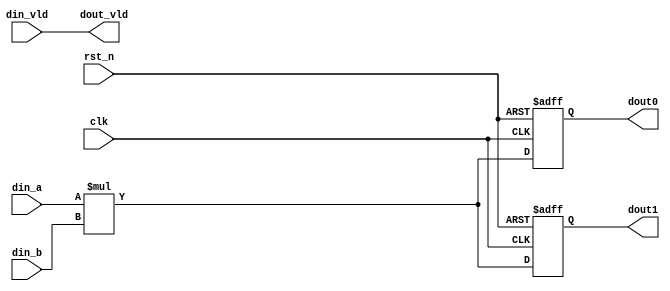
module signed_mult(     //
    input				        clk		,
    input				        rst_n	,

    input   wire signed [7:0]   din_a	,
    input	wire signed	[7:0]	din_b 	,
    input   wire                din_vld ,
    output	wire signed	[15:0]	dout0   ,
    output  wire signed [15:0]  dout1	,
    output  wire                dout_vld    
);								 

    //		 
    reg     signed  [15:0]   product0     ;    
    reg     signed  [15:0]   product1     ;    

    //sum
    always @(posedge clk or negedge rst_n)begin 
        if(!rst_n)begin
            product0 <= 0;
            product1 <= 0;
        end 
        else begin
/*
aba/bsigned
$signed()c = a * b
abc
*/
            product0 <= din_a * din_b;      //
        //    product1 <= {{8{din_a[7]}},din_a} * {{8{din_b[7]}},din_b};  //

            product1 <= $signed(din_a) * $signed(din_b);  //
        end 
    end

    assign dout0 = product0;
    assign dout1 = product1;
    assign dout_vld = din_vld;

endmodule